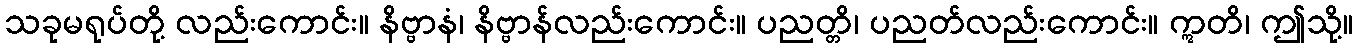
သခုမရုပ်တို့ လည်းကောင်း။ နိဗ္ဗာနံ၊ နိဗ္ဗာန်လည်းကောင်း။ ပညတ္တိ၊ ပညတ်လည်းကောင်း။ ဣတိ၊ ဤသို့။